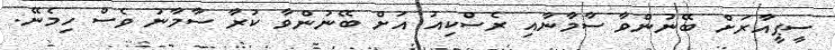
ސީޕީއާރަށް ބޭނުންވާ ސާމާނާއި ރެސްކިއު އަށް ބޭނުންވާ ކުރާ ސާމާނު ވެސް ހިމެނޭ.